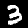
Digit: 3